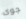
جوى